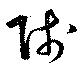
賤